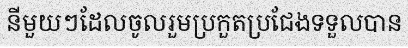
នីមួយៗដែលចូលរួមប្រកួតប្រជែងទទួលបាន